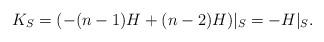
LaTeX: \begin{align*}K_S = (-(n-1)H + (n-2)H)|_S = -H|_S.\end{align*}